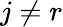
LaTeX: j\neq r